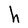
Character: h